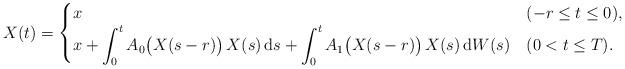
LaTeX: \begin{align*}X(t) = \begin{cases}x & (-r \le t \le 0), \\\displaystyle x + \int_0^t A_0 \big( X(s-r) \big) \, X(s) \, \mbox{d}s + \int_0^t A_1 \big( X(s-r) \big) \, X(s) \, \mbox{d}W(s) & (0 < t \le T). \end{cases}\end{align*}